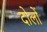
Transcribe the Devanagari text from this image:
दोलों